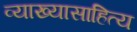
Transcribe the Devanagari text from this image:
व्याख्यासाहित्य